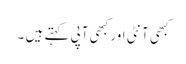
کبھی آنٹی اور کبھی آپی کہتے ہیں ۔